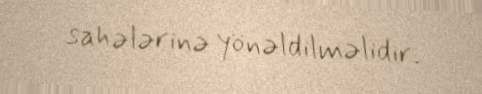
sahələrinə yönəldilməlidir.